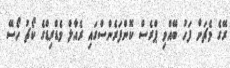
ރޭގެ މެޗަށް ފަހު ބޭއްވި ޕްރެސް ކޮންފަރެންސްގައި ރެއާލް މެޑްރިޑްގެ ކޯޗު ހޯސޭ